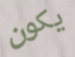
يكون